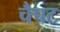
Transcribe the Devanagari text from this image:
चैपट